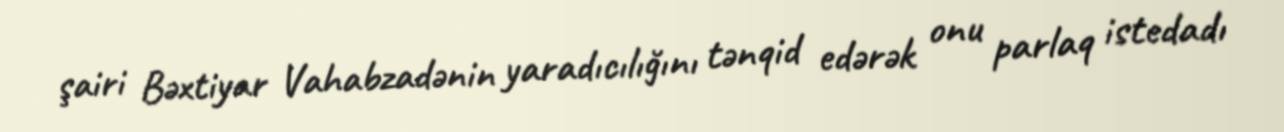
şairi Bəxtiyar Vahabzadənin yaradıcılığını tənqid edərək onu parlaq istedadı